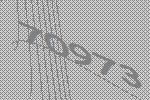
70973